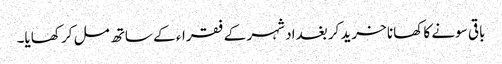
باقی سونے کا کھانا خرید کر بغداد شہر کے فقراء کے ساتھ مل کر کھایا۔